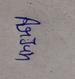
Signature authenticity: genuine